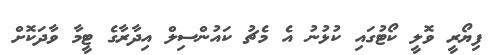
ފިޔޯރީ ވޮލީ ކޯޓުގައި ކުޅުނު އެ މެޗު ކައުންސިލް އިދާރާގެ ޓީމާ ވާދަކޮށް